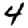
Digit: 4